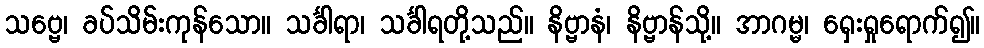
သဗ္ဗေ၊ ခပ်သိမ်းကုန်သော။ သင်္ခါရာ၊ သင်္ခါရတို့သည်။ နိဗ္ဗာနံ၊ နိဗ္ဗာန်သို့။ အာဂမ္မ၊ ရှေးရှုရောက်၍။